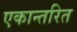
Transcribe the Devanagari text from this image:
एकान्तरित